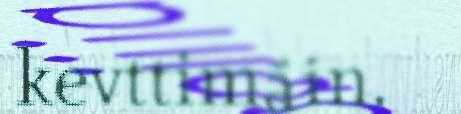
kevttimáin.